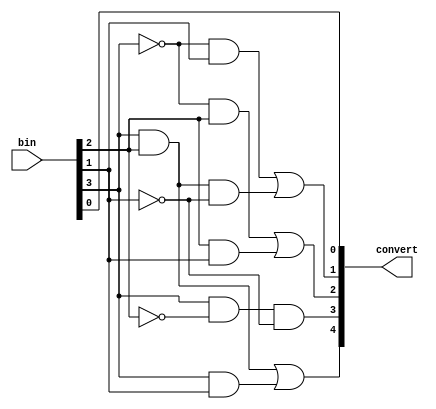
module fourbitBCD(
	input [3:0] bin,
	output [4:0] convert 
);

	wire [4:0]BCD;
	
	assign BCD[0] = bin[0];
	assign BCD[1] = (~bin[3] & bin[1]) | (bin[3] & bin[2] & ~bin[1]);
	assign BCD[2] = (~bin[3] & bin[2]) | (bin[2] & bin[1]);
	assign BCD[3] = bin[3] & ~bin[2] & ~bin[1];
	assign BCD[4] = (bin[3] & bin[2]) | (bin[3] & bin[1]);
	
	assign convert = BCD;

endmodule